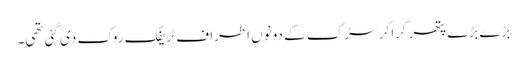
بڑے بڑے پتھر گرا کر سڑک کے دونوں اطراف ٹریفک روک دی گئی تھی۔